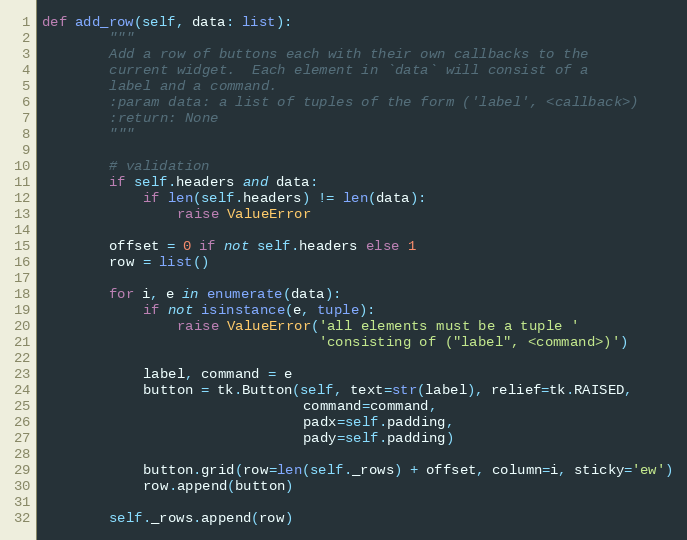
Language: Python
def add_row(self, data: list):
        """
        Add a row of buttons each with their own callbacks to the
        current widget.  Each element in `data` will consist of a
        label and a command.
        :param data: a list of tuples of the form ('label', <callback>)
        :return: None
        """

        # validation
        if self.headers and data:
            if len(self.headers) != len(data):
                raise ValueError

        offset = 0 if not self.headers else 1
        row = list()

        for i, e in enumerate(data):
            if not isinstance(e, tuple):
                raise ValueError('all elements must be a tuple '
                                 'consisting of ("label", <command>)')

            label, command = e
            button = tk.Button(self, text=str(label), relief=tk.RAISED,
                               command=command,
                               padx=self.padding,
                               pady=self.padding)

            button.grid(row=len(self._rows) + offset, column=i, sticky='ew')
            row.append(button)

        self._rows.append(row)